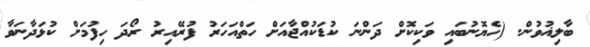
ބާލިޣުވުން. (ހެޔޮނުބައި ވަކިކޮށް ދަންނަ ކުޑަކުއްޖާއަށް ހަތްއަހަރު ފުރޭއިރު ރޯދަ ހިފުމަށް ކުޅަދާނަވާ